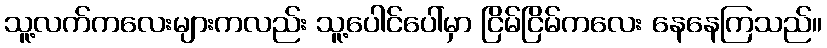
သူ့လက်ကလေးများကလည်း သူ့ပေါင်ပေါ်မှာ ငြိမ်ငြိမ်ကလေး နေနေကြသည်။